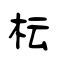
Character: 枟